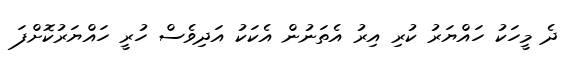
ދެ މީހަކު ހައްޔަރު ކުރި އިރު އެތަނުން އެކަކު އަދިވެސް ހުރީ ހައްޔަރުކޮށްފަ